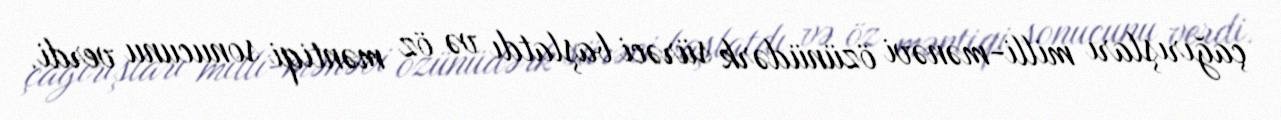
çağırışları milli-mənəvi özünüdərk sürəci başlatdı və öz məntiqi sonucunu verdi.